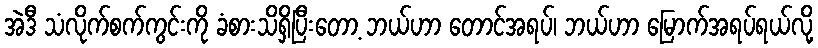
အဲဒီ သံလိုက်စက်ကွင်းကို ခံစားသိရှိပြီးတော့ ဘယ်ဟာ တောင်အရပ်၊ ဘယ်ဟာ မြောက်အရပ်ရယ်လို့